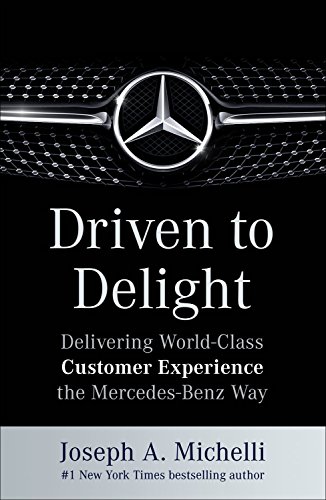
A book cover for Driven to Delight: Delivering World-Class Customer Experience the Mercedes-Benz Way; Joseph Michelli; Business & Money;